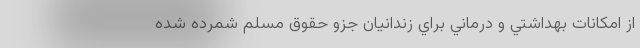
از امكانات بهداشتي و درماني براي زندانيان جزو حقوق مسلم شمرده شده